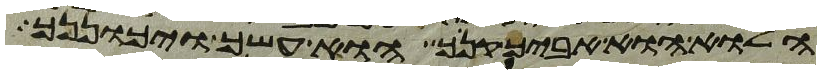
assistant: הלוא הוא אביך קנך הוא עשך ויכוננך